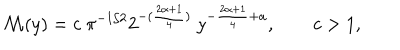
\mathcal { M } ( y ) = c \ \pi ^ { - 1 / 2 } 2 ^ { - ( \frac { 2 \alpha + 1 } { 4 } ) } \ y ^ { - \frac { 2 \alpha + 1 } { 4 } + a } , \qquad c > 1 ,